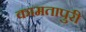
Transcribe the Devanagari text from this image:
कामतापुरी